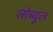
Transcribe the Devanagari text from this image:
लोब्यूल